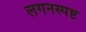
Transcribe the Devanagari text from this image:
लगनस्पष्ट